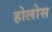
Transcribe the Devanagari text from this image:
होलोस